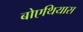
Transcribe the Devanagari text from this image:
बोएथियास